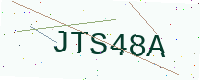
Text: JTS48A